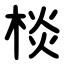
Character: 棪